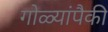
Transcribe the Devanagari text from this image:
गोळ्यांपैकी